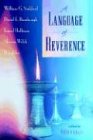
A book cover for A Language of Reverence; Religion & Spirituality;